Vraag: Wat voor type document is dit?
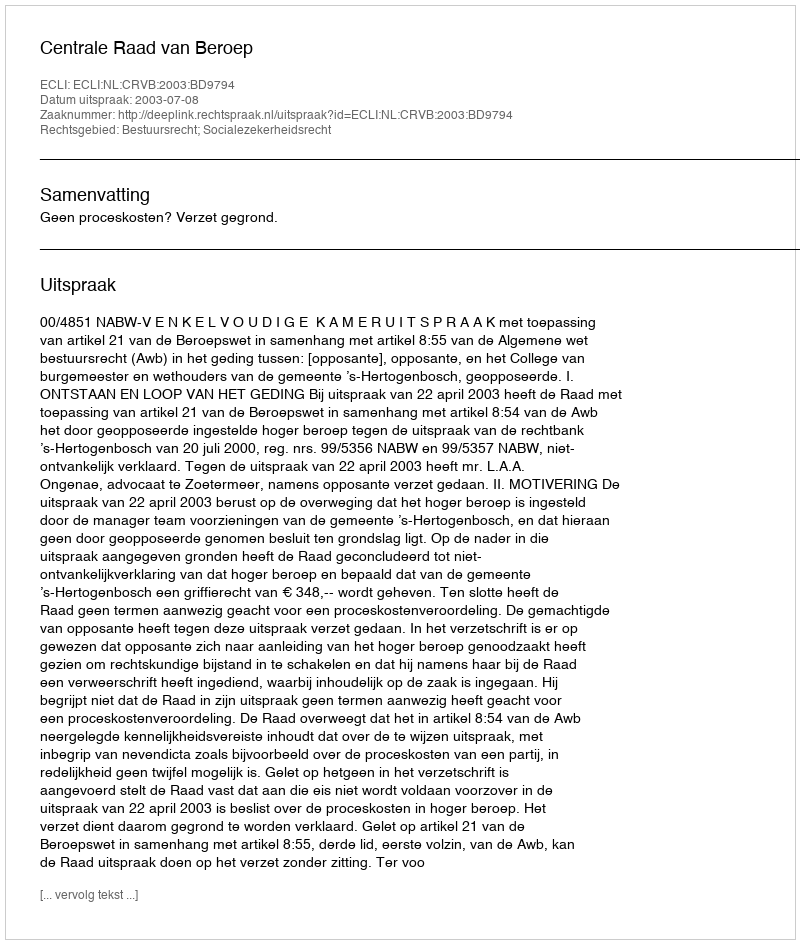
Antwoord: Uitspraak